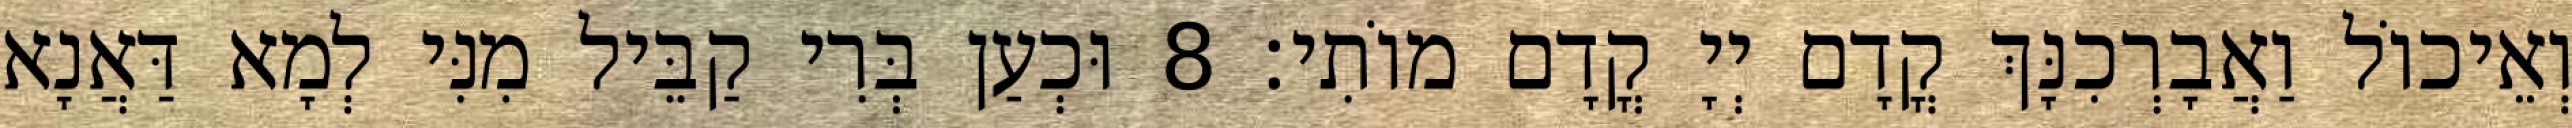
וְאֵיכוֹל וַאֲבָרְכִנָּךְ קֳדָם יְיָ קֳדָם מוֹתִי׃ 8 וּכְעַן בְּרִי קַבֵּיל מִנִּי לְמָא דַּאֲנָא